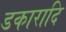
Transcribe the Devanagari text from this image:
डकारादि